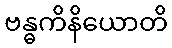
ဗန္ဓကိနိယောတိ